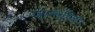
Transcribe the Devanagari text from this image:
जानकीश।